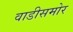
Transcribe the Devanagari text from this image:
वाडीसमोर